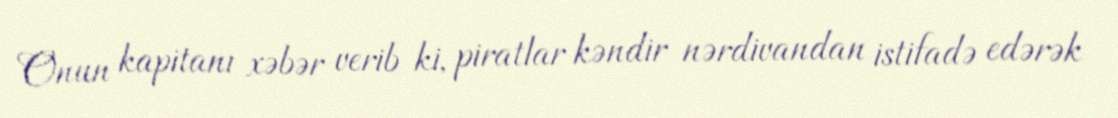
Onun kapitanı xəbər verib ki, piratlar kəndir nərdivandan istifadə edərək